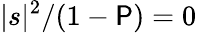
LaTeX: |s|^{2}/(1-\mathsf{P})=0